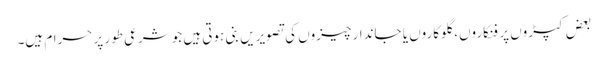
بعض کپڑوں پر فنکاروں، گلوکاروں یا جاندار چیزوں کی تصویریں بنی ہوتی ہیں جو شرعی طور پر حرام ہیں۔